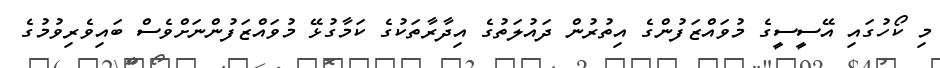
މި ކޯހުގައި އޭސީސީގެ މުވައްޒަފުންގެ އިތުރުން ދައުލަތުގެ އިދާރާތަކުގެ ކަމާގުޅޭ މުވައްޒަފުންނަށްވެސް ބައިވެރިވުމުގެ